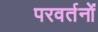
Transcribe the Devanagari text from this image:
परवर्तनों